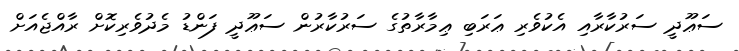
ސަޢޫދީ ސަރުކާރާއި އެކުވެރި ޢަރަބި ޢިމާރާތުގެ ސަރުކާރުން ސަޢޫދީ ފަންޑު މެދުވެރިކޮށް ރާއްޖެއަށް